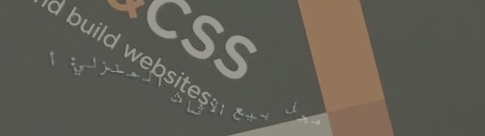
محل بيع الأثاث المنزلي: أ